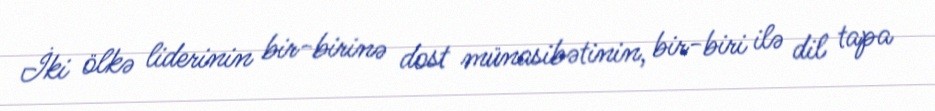
İki ölkə liderinin bir-birinə dost münasibətinin, bir-biri ilə dil tapa